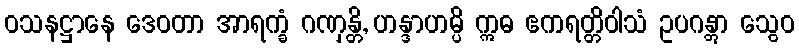
ဝသနဋ္ဌာနေ ဒေဝတာ အာရက္ခံ ဂဏှန္တိ, ဟန္ဒာဟမ္ပိ ဣဓ ဧကရတ္တိဝါသံ ဥပဂန္တွာ သွေဝ